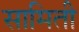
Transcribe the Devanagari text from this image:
सामिती